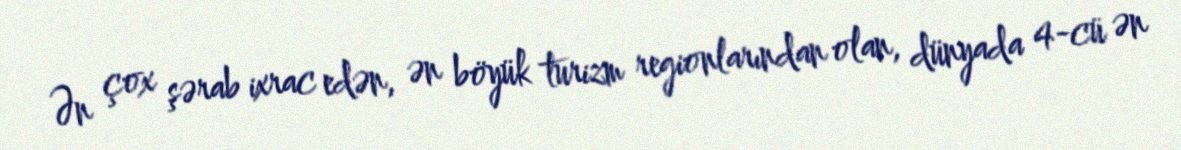
Ən çox şərab ixrac edən, ən böyük turizm regionlarından olan, dünyada 4-cü ən